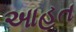
આહત